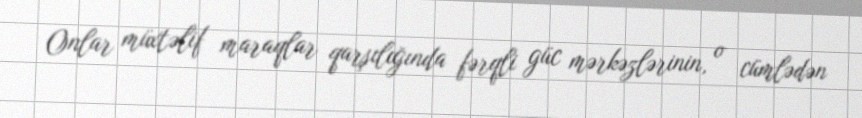
Onlar müxtəlif maraqlar qarşılığında fərqli güc mərkəzlərinin, o cümlədən